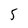
Character: 5